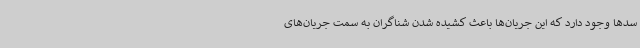
سدها وجود دارد که این جریان‌ها باعث کشیده شدن شناگران به سمت جریان‌های